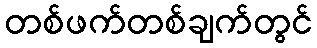
တစ်ဖက်တစ်ချက်တွင်